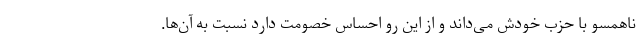
ناهمسو با حزب خودش می‌داند و از این رو احساس خصومت دارد نسبت به آن‌ها.